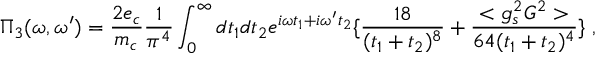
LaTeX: \Pi _ { 3 } ( \omega , \omega ^ { \prime } ) = { \frac { 2 e _ { c } } { m _ { c } } } { \frac { 1 } { \pi ^ { 4 } } } \int _ { 0 } ^ { \infty } d t _ { 1 } d t _ { 2 } e ^ { i \omega t _ { 1 } + i \omega ^ { \prime } t _ { 2 } } \{ { \frac { 1 8 } { ( t _ { 1 } + t _ { 2 } ) ^ { 8 } } } + { \frac { < g _ { s } ^ { 2 } G ^ { 2 } > } { 6 4 ( t _ { 1 } + t _ { 2 } ) ^ { 4 } } } \} \; ,